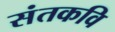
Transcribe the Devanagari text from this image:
संतकवि